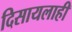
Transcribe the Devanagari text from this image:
दिसायलाही